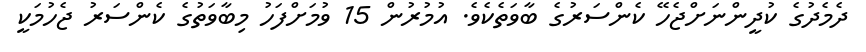
ދެމެދުގެ ކުދީންނަށްޖެހޭ ކެންސަރުގެ ބާވަތެކެވެ. އުމުރުން 15 ވުމަށްފަހު މިބާވަތުގެ ކެންސަރު ޖެހުމަކީ